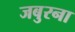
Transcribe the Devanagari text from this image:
जबुरना